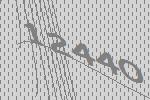
12440